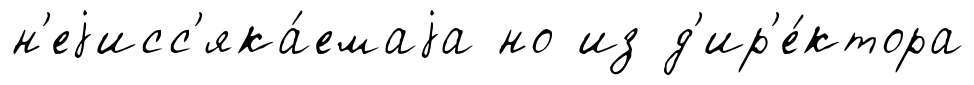
н'еjисс'яка́емаjа но из д'ир'е́ктора